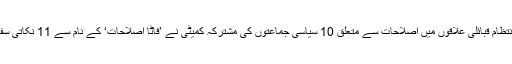
اسلام آباد — وفاق کے زیر انتظام قبائلی علاقوں میں اصلاحات سے متعلق 10 سیاسی جماعتوں کی مشترکہ کمیٹی نے ’فاٹا اصلاحات‘ کے نام سے 11 نکاتی سفارشات کی منظوری دی ہے۔